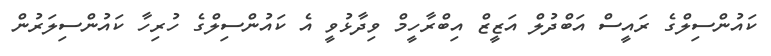
ކައުންސިލްގެ ރައީސް އަބްދުލް އަޒީޒް އިބްރާހީމް ވިދާޅުވީ އެ ކައުންސިލްގެ ހުރިހާ ކައުންސިލަރުން